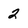
Character: 2